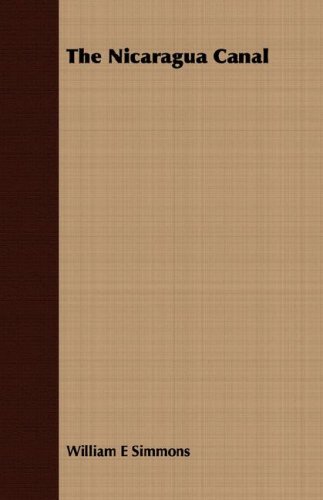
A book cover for The Nicaragua Canal; William E Simmons; Travel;